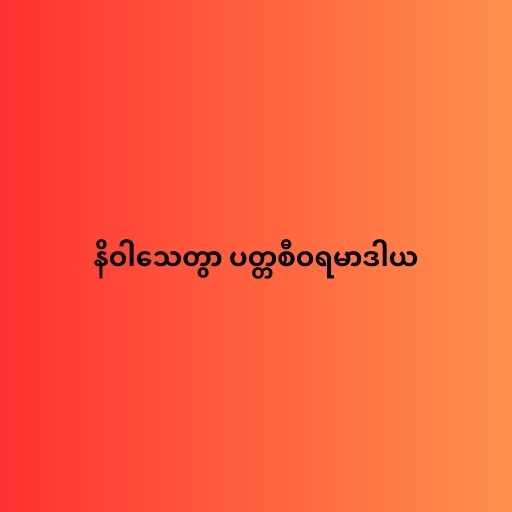
နိဝါသေတွာ ပတ္တစီဝရမာဒါယ